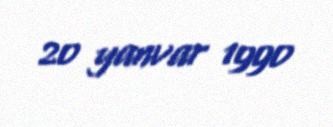
20 yanvar 1990